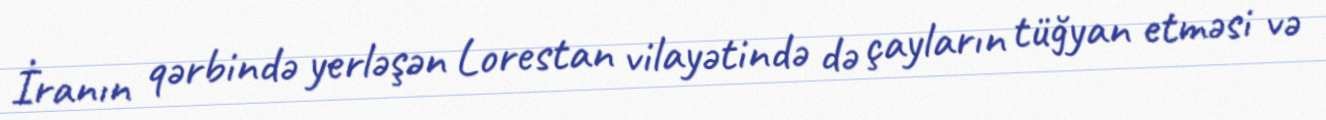
İranın qərbində yerləşən Lorestan vilayətində də çayların tüğyan etməsi və